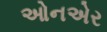
ઓનએર